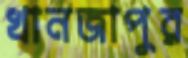
খানজাপুর